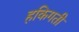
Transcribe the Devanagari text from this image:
हकिगती